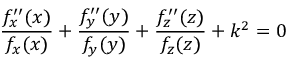
{ \frac { f _ { x } ^ { \prime \prime } ( x ) } { f _ { x } ( x ) } } + { \frac { f _ { y } ^ { \prime \prime } ( y ) } { f _ { y } ( y ) } } + { \frac { f _ { z } ^ { \prime \prime } ( z ) } { f _ { z } ( z ) } } + k ^ { 2 } = 0